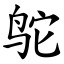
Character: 鸵